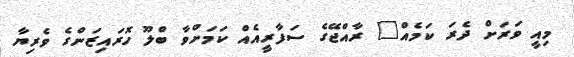
މިއީ ވަރަށް ދެރަ ކަމެއް" ރާއްޖޭގެ ސަފާރީއެއް ކަމަށްވާ ބްލޫ ހޮރައިޒަންގެ ވެރިޔާ